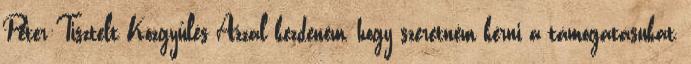
Péter:Tisztelt Közgyűlés Azzal kezdeném, hogy szeretném kérni a támogatásukat,